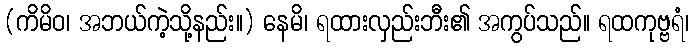
(ကိမိဝ၊ အဘယ်ကဲ့သို့နည်း။) နေမိ၊ ရထားလှည်းဘီး၏ အကွပ်သည်။ ရထကုဗ္ဗရံ၊